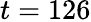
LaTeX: t=126